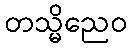
တသ္မိညေဝ